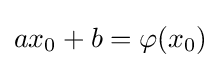
ax_{0}+b=\varphi (x_{0})